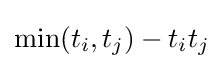
\min(t_{i},t_{j})-t_{i}t_{j}